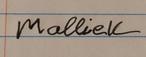
Signature authenticity: forged